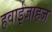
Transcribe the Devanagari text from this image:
हवाईजाहज